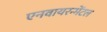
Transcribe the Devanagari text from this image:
एनवायरन्मेंटल